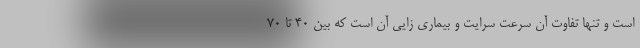
است و تنها تفاوت آن سرعت سرایت و بیماری زایی آن است که بین ۴۰ تا ۷۰